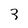
Character: 3